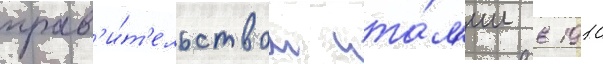
прав'и́т'ельством ита́л'ии в 1910